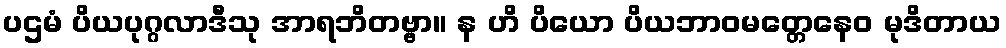
ပဌမံ ပိယပုဂ္ဂလာဒီသု အာရဘိတဗ္ဗာ။ န ဟိ ပိယော ပိယဘာဝမတ္တေနေဝ မုဒိတာယ